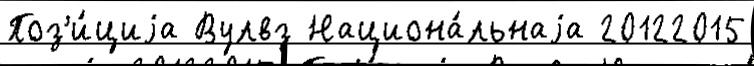
Поз'и́циjа Вулвз Национа́льнаjа 20122015